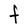
Character: F